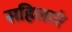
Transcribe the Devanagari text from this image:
सहिलाएं